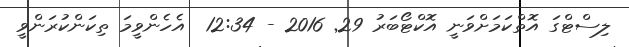
ލިސްޓްގަ އޮތްކަމަށްވަނީ އޮކްޓޯބަރު 29